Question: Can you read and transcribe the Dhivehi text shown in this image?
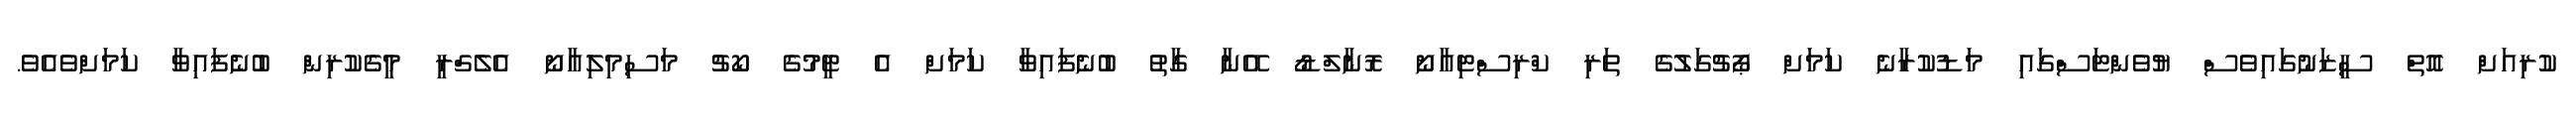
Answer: ކުރިއަށް އޮތް ސީޒަނުގައިވެސް ޔުވެންޓަސްގައި މަޑުކުރާނެ ކަމަށް ޕޯޗުގަލުގެ ތަރި ކްރިސްޓިއާނޯ ރޮނާލްޑޯ އޭނާ ގާތު ބުނެފައިވާ ކަމަށް އެ ޓީމުގެ ކޯޗު މަސިމިލިއާނޯ އެލެގްރީ މީގެކުރިން ބުނެފައިވާ ކަމަށްވެއެވެ.